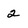
Character: 2